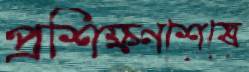
প্রশিক্ষণশেষে